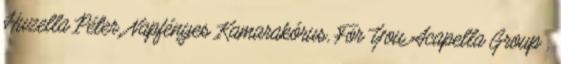
Huzella Péter, Napfényes Kamarakórus, For You Acapella Group ,